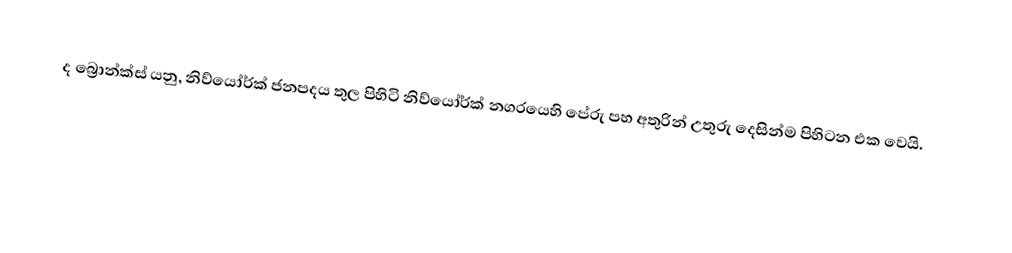
ද බ්‍රොන්ක්ස් යනු, නිව්යෝර්ක් ජනපදය තුල පිහිටි නිව්යෝර්ක් නගරයෙහි පේරු පහ අතුරින් උතුරු දෙසින්ම පිහිටන එක වෙයි.